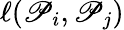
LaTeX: \ell(\mathscr{P}_{i},\mathscr{P}_{j})